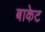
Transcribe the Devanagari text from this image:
बाकेट